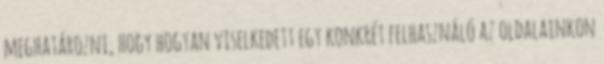
meghatározni, hogy hogyan viselkedett egy konkrét felhasználó az oldalainkon